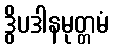
ဒွိပဒါနမုတ္တမံ